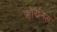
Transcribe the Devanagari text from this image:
क्लोरैनिल